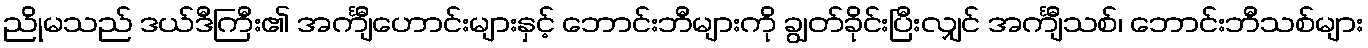
ညိုမသည် ဒယ်ဒီကြီး၏ အင်္ကျီဟောင်းများနှင့် ဘောင်းဘီများကို ချွတ်ခိုင်းပြီးလျှင် အင်္ကျီသစ်၊ ဘောင်းဘီသစ်များ